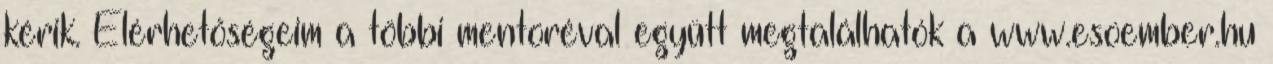
kérik. Elérhetőségeim a többi mentoréval együtt megtalálhatók a www.esoember.hu